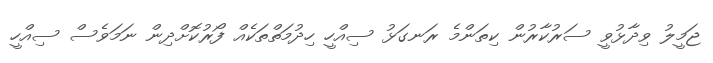
ޖަމީލު ވިދާޅުވީ ސަރުކާރުން ކިތަންމެ ރަނގަޅު ސިއްހީ ހިދުމަތްތަކެއް ފޯރުކޮށްދިން ނަމަވެސް ސިއްހީ